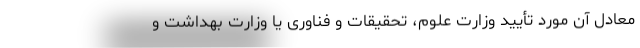
معادل آن مورد تأیید وزارت علوم، تحقیقات و فناوری یا وزارت بهداشت و